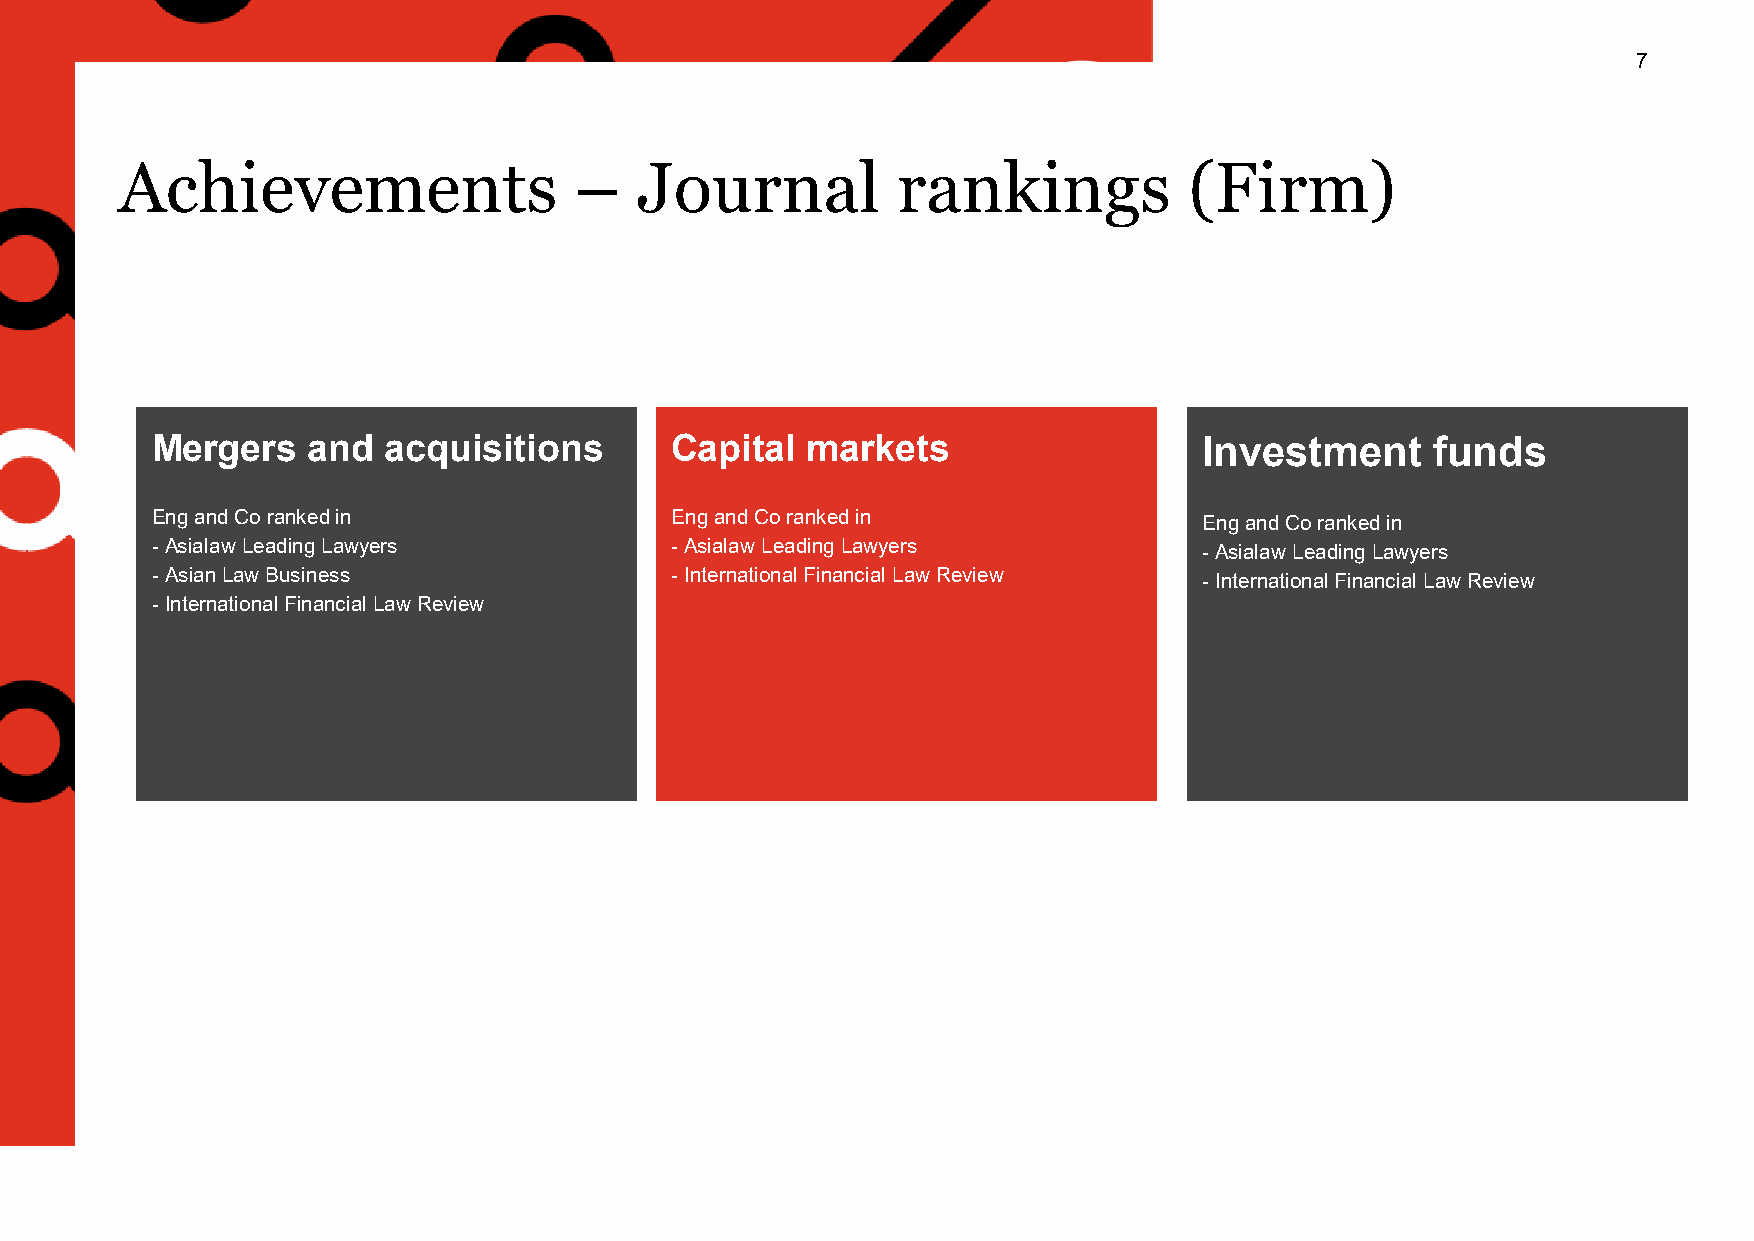
7
 Achievements                  –   Journal          rankings            (Firm)
 Mergers   and  acquisitions       Capital  markets                    Investment     funds
 Engand Co ranked in               Engand Co ranked in                 Engand Co ranked in
 -AsialawLeading Lawyers           -AsialawLeading Lawyers             -AsialawLeading Lawyers
 -Asian Law Business               -International Financial Law Review -International Financial Law Review
 -International Financial Law Review